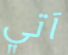
آتي